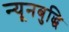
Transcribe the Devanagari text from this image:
न्यूनबुद्धि